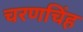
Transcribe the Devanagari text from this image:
चरणचिंह